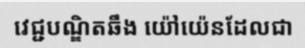
វេជ្ជបណ្ឌិតឆឹង យ៉ៅយ៉េនដែលជា